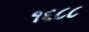
૧૬૮૮